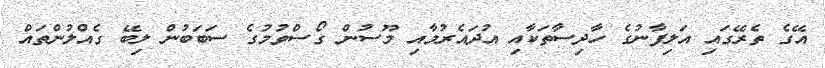
އޭގެ ތެރޭގައި އަލިފާނުގެ ހާދިސާތަކާއި އުދައެރުމާއި މޫސުން ގޯސްވުމުގެ ސަބަބުން ލިބޭ ގެއްލުންތައް